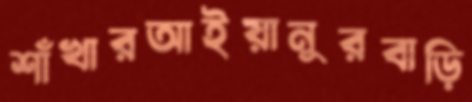
শাঁখারআইয়ানুরবাড়ি